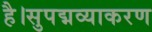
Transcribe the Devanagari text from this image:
है।सुपद्मव्याकरण